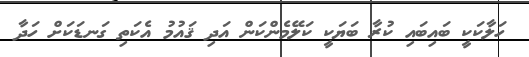
ހަލާކަކީ ބައިބައި ކުރާ ބަޔަކީ ކަލޭމެންކަން އަދި ޤައުމު އެކަތި ގަނޑަކަށް ހަދާ